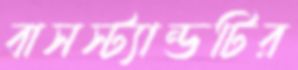
বাসস্ট্যান্ডটির